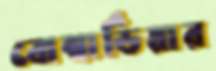
বোম্বার্ডিয়ার